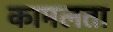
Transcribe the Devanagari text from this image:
कामलता